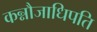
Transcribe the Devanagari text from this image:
कन्नौजाधिपति